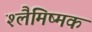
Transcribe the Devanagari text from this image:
श्लैमिष्मक